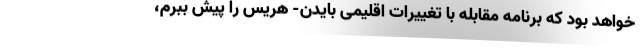
خواهد بود که برنامه مقابله با تغییرات اقلیمی بایدن- هریس را پیش ببرم،